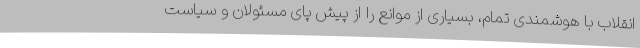
انقلاب با هوشمندی تمام، بسیاری از موانع را از پیش پای مسئولان و سیاست